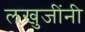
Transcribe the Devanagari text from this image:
लखुजींनी